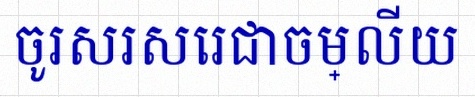
ចូរសរសេរជាចម្លើយ